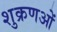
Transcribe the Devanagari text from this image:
शुक्रणओं